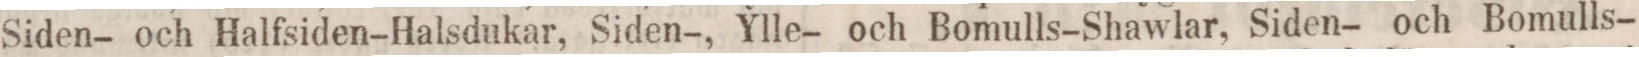
Siden- och Halfsiden-Halsdukar, Siden-, Ylle- och Bomulls-Shawlar, Siden- och Bomulls-